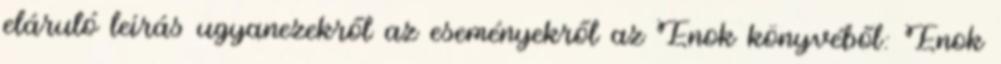
eláruló leírás ugyanezekről az eseményekről az Énok könyvéből: Énok